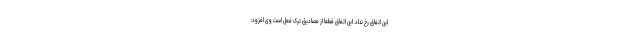
این اتفاق رخ نداد. این اتفاق قطعاً از مصادیق ترک فعل است وی افزود: